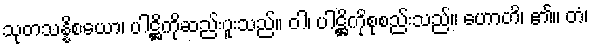
သုတသန္နိစယော၊ ပါဋ္ဌိကိုဆည်းပူးသည်။ ဝါ၊ ပါဋ္ဌိကိုစုစည်းသည်။ ဟောတိ၊ ၏။ တံ၊